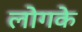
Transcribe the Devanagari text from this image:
लोगके